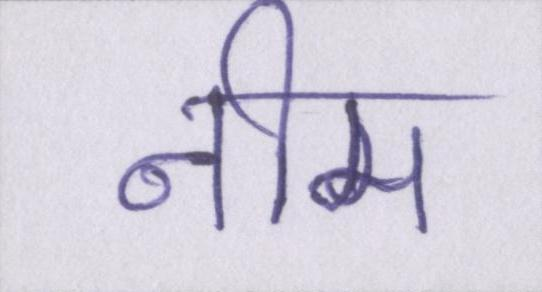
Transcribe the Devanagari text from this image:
नीम